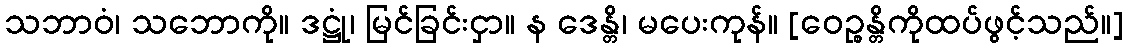
သဘာဝံ၊ သဘောကို။ ဒဋ္ဌုံ၊ မြင်ခြင်းငှာ။ န ဒေန္တိ၊ မပေးကုန်။ [ဝေဉ္စန္တိကိုထပ်ဖွင့်သည်။]